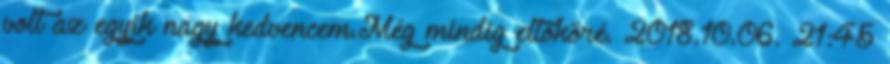
volt az egyik nagy kedvencem.Még mindig eltököré. 2018.10.06. 21:45